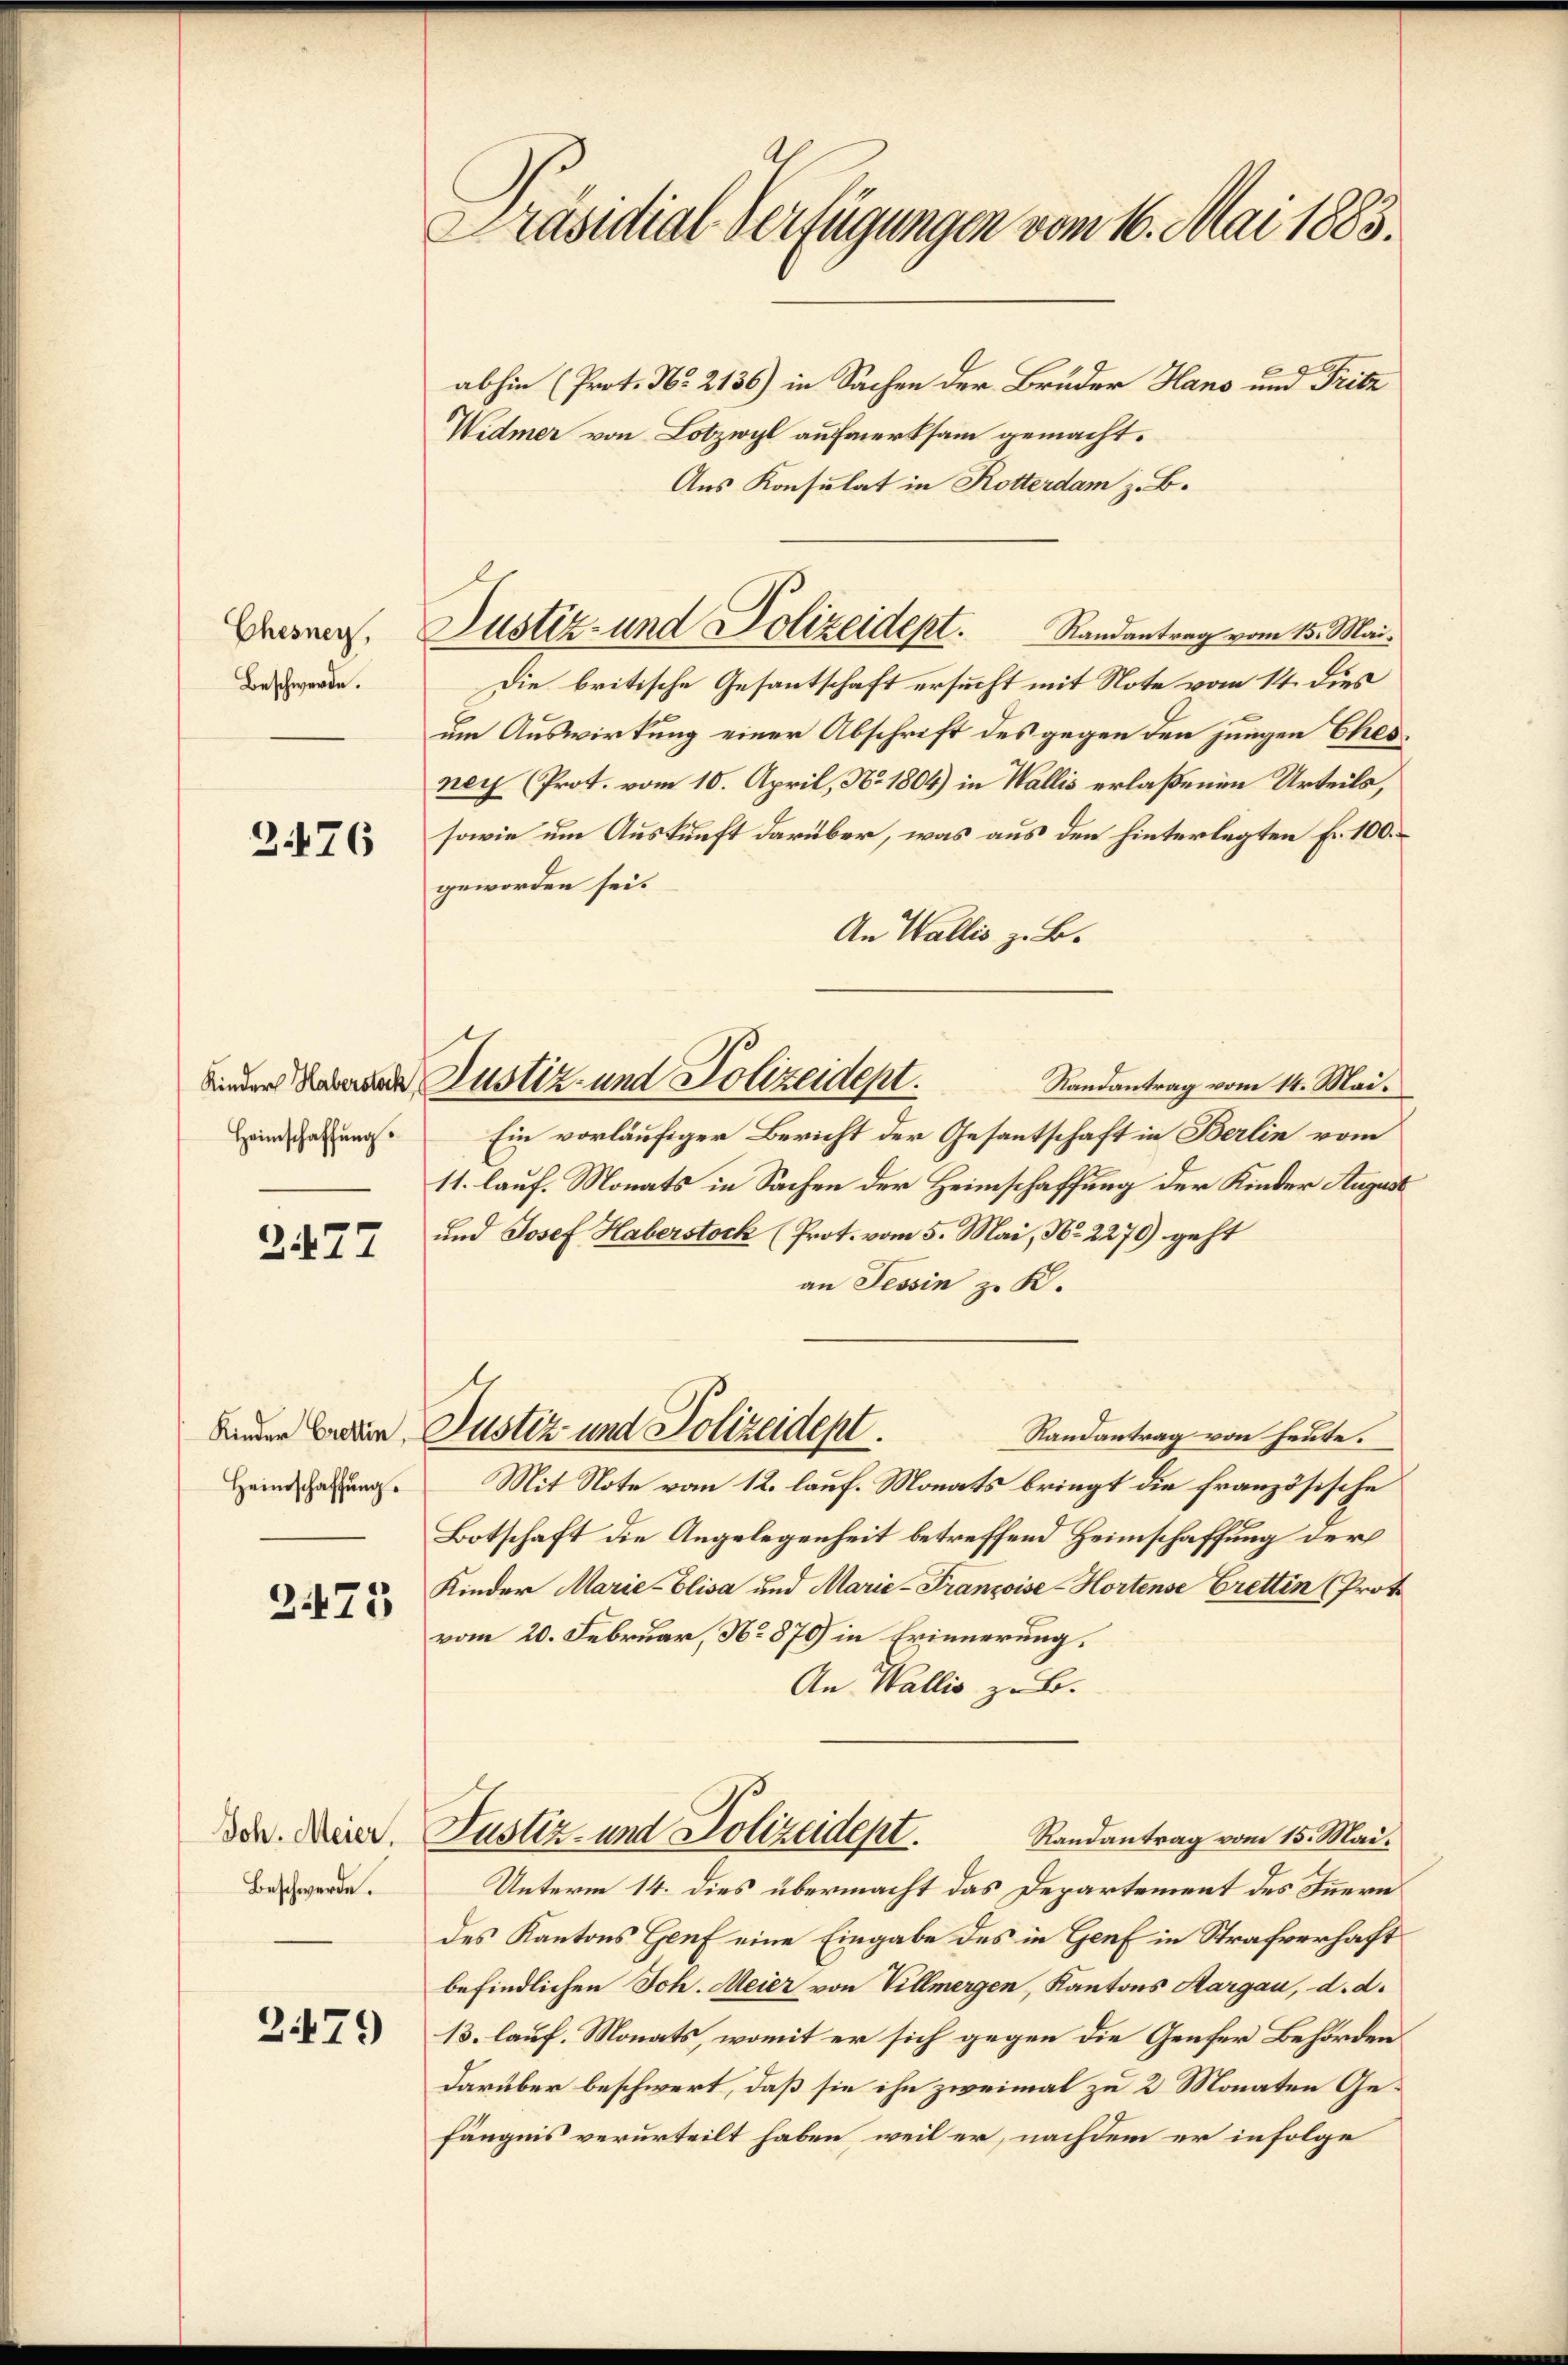
Chesney,
Beschwerde.

2476

Heimschaffung.

2477

Kinder Crettin,
Heimschaffung.

273

Joh. Meier.
Beschwerde.

279

Präsidial-Verfügungen vom 16. Mai 1883.

abhin (Prot. No. 2136) in Sachen der Bruder Hans und Fritz
Widmer von Lotzwyl aufmerksam gemacht.
Aus Konsulat in Rotterdam z. B.
Die britische Gesantschaft ersucht mit Note vom 14. dies
um Auswirkung einer Abschrift des gegen den jungen Ehesney (Prot. vom 10. April, No. 1804) in Wallis erlaßenen Urteils,
sowie um Auskunft darüber, was aus den hinterlegten Fr. 100.
geworden sei.
An Wallis z. B.
Randantrag vom 14. Mai.
Ein vorläufiger Bericht der Gesantschaft in Berlin vom
11. lauf. Monats in Sachen der Heimschaffung der Kinder August
und Josef Haberstock (Prot. vom 5. Mai, No. 2270) geht
an Tessin zu K.
Justiz und Polizeidept.
Randantrag von heute.
Mit Note vom 12. lauf. Monats bringt die französische
Botschaft die Angelegenheit betreffend Heimschaffung der
Kinder Marie-Elisa und Marie-Franzoise-Hortense Crettin (Proto
vom 20. Februar, No 870 in Erinnerung.
An Wallis zu B.
Justiz- und Polizeidept.
Randantrag vom 15. Mai.
Unterm 14. dies übermacht das Departement des Innern
des Kantons Genf eine Eingabe des in Genf in Strafverhaft
befindlichen Ich. Meier von Villmergen, Kantons Aargau, d. d.
13. lauf. Monats, womit er sich gegen die Genfer Behörden
darüber beschwert, daß sie ihn zweimal zu 2 Monaten Gefängnis verurteilt haben, weil er, nachdem er infolge

Justiz- und Polizeidept. Randantrag vom 15. Mai.

binder Handere Justiz- und Polizeident.